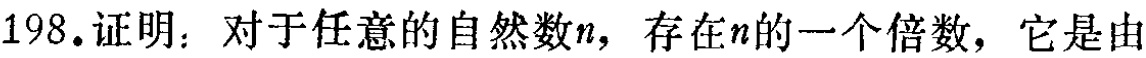
198.证明：对于任意的自然数\(n\)，存在\(n\)的一个倍数，它是由